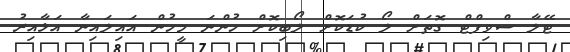
ޓޭލާ ސްވިފްޓް ގޮތަށް ލޯ ކުޑަކޮށް ލޯބިކޮށް ހުންނަ މީހުން އަައިލައިނާ އަޅާއިރު